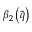
\beta _ { 2 } \left( \tilde { q } \right)